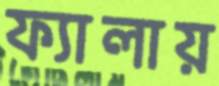
ফ্যালায়